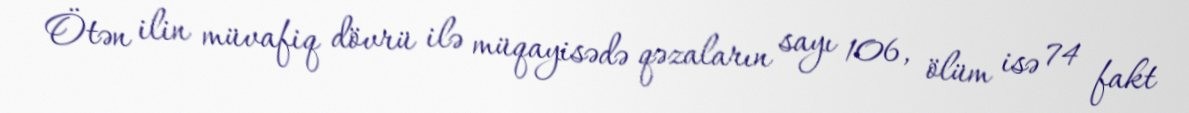
Ötən ilin müvafiq dövrü ilə müqayisədə qəzaların sayı 106, ölüm isə 74 fakt